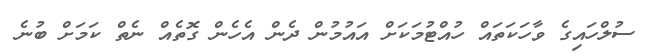
ސުލްހައިގެ ވާހަކަތައް ހުއްޓުމަކަށް އައުމުން ދެން އެހެން ގޮތެއް ނެތް ކަމަށް ބުނެ